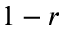
1 - r